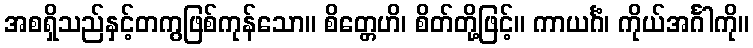
အစရှိသည်နှင့်တကွဖြစ်ကုန်သော။ စိတ္တေဟိ၊ စိတ်တို့ဖြင့်။ ကာယင်္ဂံ၊ ကိုယ်အင်္ဂါကို။